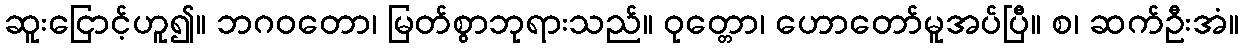
ဆူးငြောင့်ဟူ၍။ ဘဂဝတော၊ မြတ်စွာဘုရားသည်။ ဝုတ္တော၊ ဟောတော်မူအပ်ပြီ။ စ၊ ဆက်ဦးအံ။